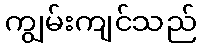
ကျွမ်းကျင်သည်